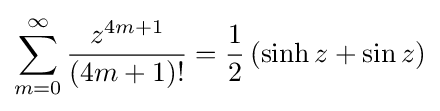
\sum _{m=0}^{\infty }{z^{4m+1} \over (4m+1)!}={\frac {1}{2}}\left(\sinh {z}+\sin {z}\right)